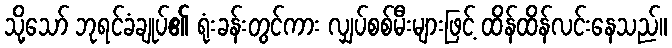
သို့သော် ဘုရင်ခံချုပ်၏ ရုံးခန်းတွင်ကား လျှပ်စစ်မီးများဖြင့် ထိန်ထိန်လင်းနေသည်။